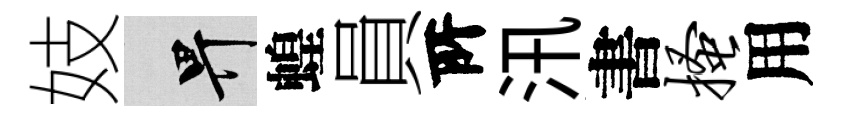
妓畀蝗員𠩄汛書搔用